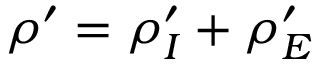
{ \rho } ^ { \prime } = { \rho } _ { I } ^ { \prime } + { \rho } _ { E } ^ { \prime }